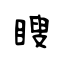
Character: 瞍